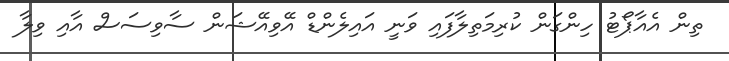
ތިން އެއާޕޯޓު ހިންގަން ކުރިމަތިލާފައި ވަނީ އައިލެންޑް އޭވިއޭޝަން ސާވިސަސް އާއި ވިލާ